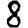
Digit: 8